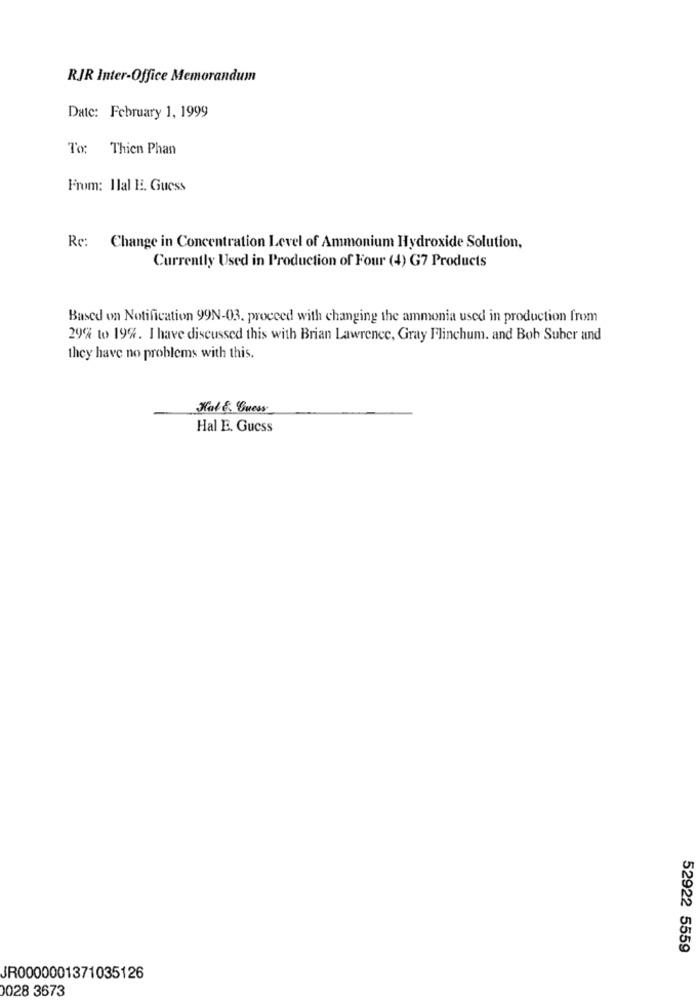
RJR Inter-Office Memorandum
Date: February 1, 1999
To: Thien Phan
From: Ilal I. Guess
Re: Change in Concentration Level of Ammonium Hydroxide Solution,
Currently Used in Production of Four (4) G7 Products
Based on Notification 99N-03. proceed with changing the ammonia used in production from
29% to 19%. I have discussed this with Brian Lawrence, Gray Flinchum. and Bob Suber and
they have no problems with this.
Nal &. Guess
Hal E. Guess
52922 5559
JR0000001371035126
0028 3673